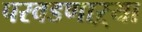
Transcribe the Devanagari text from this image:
परवडणाऱ्या